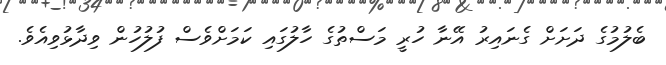
ބެލުމުގެ ދަށަށް ގެނައިރު އޭނާ ހުރީ މަސްތުގެ ހާލުގައި ކަމަށްވެސް ފުލުހުން ވިދާޅުވިއެވެ.